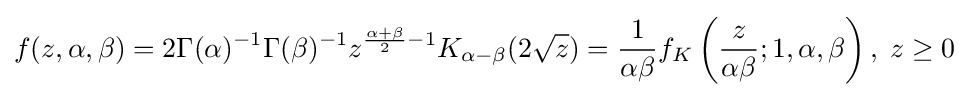
f(z,\alpha ,\beta )=2\Gamma (\alpha )^{-1}\Gamma (\beta )^{-1}z^{{\frac {\alpha +\beta }{2}}-1}K_{\alpha -\beta }(2{\sqrt {z}})={\frac {1}{\alpha \beta }}f_{K}\left({\frac {z}{\alpha \beta }};1,\alpha ,\beta \right),\;z\geq 0